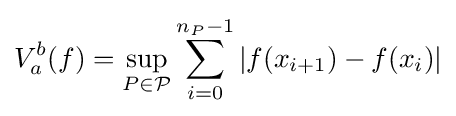
V_{a}^{b}(f)=\sup _{P\in {\mathcal {P}}}\sum _{i=0}^{n_{P}-1}|f(x_{i+1})-f(x_{i})|